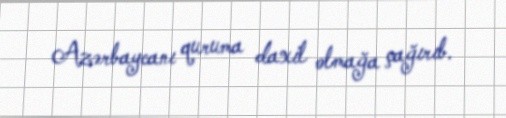
Azərbaycanı quruma daxil olmağa çağırıb.